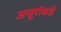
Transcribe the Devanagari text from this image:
असुरांकडे